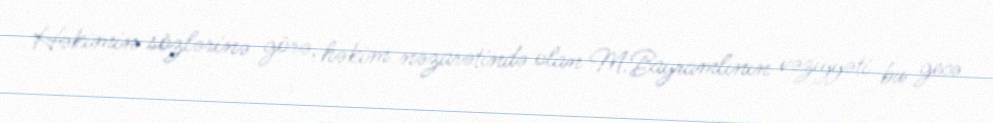
Həkimin sözlərinə görə, həkim nəzarətində olan M.Bayramlının vəziyyəti bu gecə